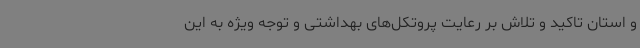
و استان تاکید و تلاش بر رعایت پروتکل‌های بهداشتی و توجه ویژه به این